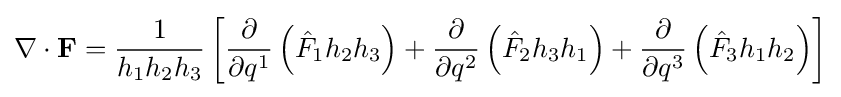
\nabla \cdot \mathbf {F} ={\frac {1}{h_{1}h_{2}h_{3}}}\left[{\frac {\partial }{\partial q^{1}}}\left({\hat {F}}_{1}h_{2}h_{3}\right)+{\frac {\partial }{\partial q^{2}}}\left({\hat {F}}_{2}h_{3}h_{1}\right)+{\frac {\partial }{\partial q^{3}}}\left({\hat {F}}_{3}h_{1}h_{2}\right)\right]